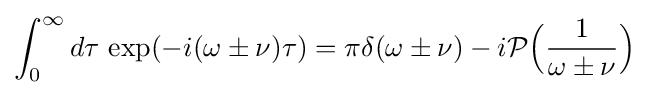
\int _{0}^{\infty }d\tau \,\exp(-i(\omega \pm \nu )\tau )=\pi \delta (\omega \pm \nu )-i{\mathcal {P}}{\Big (}{\frac {1}{\omega \pm \nu }}{\Big )}